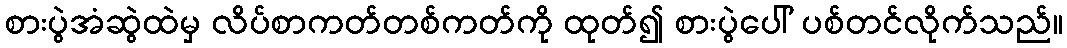
စားပွဲအံဆွဲထဲမှ လိပ်စာကတ်တစ်ကတ်ကို ထုတ်၍ စားပွဲပေါ် ပစ်တင်လိုက်သည်။